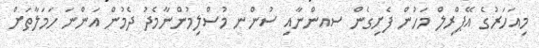
މިއަހަރުގެ އޭޕްރިލް މަހުން ފެށިގެން ސއންނާއި ސުންނ މުސްލިމުންނާމެދު ދެމުން އަންނަ ހަމަލާތަށް